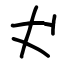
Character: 𠀋